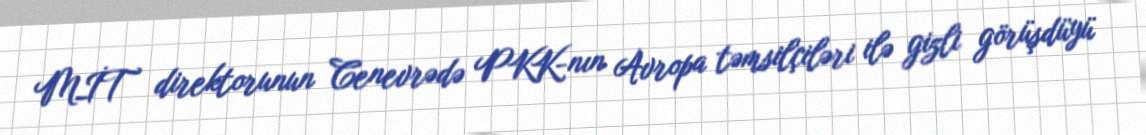
MİT direktorunun Cenevrədə PKK-nın Avropa təmsilçiləri ilə gizli görüşdüyü